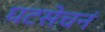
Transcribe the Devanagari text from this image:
घटसेचनं